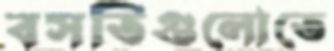
বসতিগুলোতে